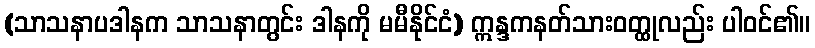
(သာသနာပဒါနက သာသနာတွင်း ဒါနကို မမီနိုင်ငံ) ဣန္ဒကနတ်သားဝတ္ထုလည်း ပါဝင်၏။